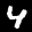
Label: 4